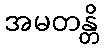
အမတန္တိ